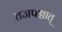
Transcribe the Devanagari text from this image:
तजपश्चात्